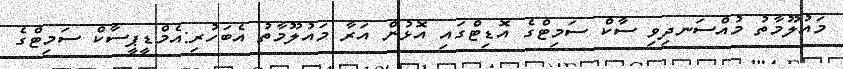
މައުލޫމާތު މުއްސަނދިވި ސާކް ސަމިޓްގެ އޮޑިޓްގައި އޮޅުން އަރާ މައުލޫމާތު އެބަހުރި:އެމްޑީޕީސާކް ސަމިޓްގެ